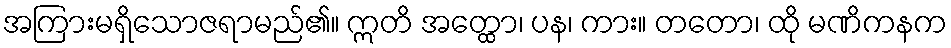
အကြားမရှိသောဇရာမည်၏။ ဣတိ အတ္ထော၊ ပန၊ ကား။ တတော၊ ထို မဏိကနက